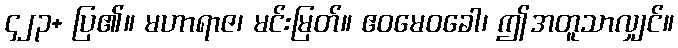
၄၂၃+ ပြ၏။ မဟာရာဇ၊ မင်းမြတ်။ ဧဝမေဝခေါ၊ ဤအတူသာလျှင်။